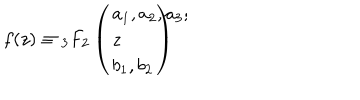
LaTeX: f ( z ) \equiv { _ 3 F _ { 2 } } \left( \begin{array} { l } { { a _ { 1 } , a _ { 2 } , a _ { 3 } ; \hspace { 5 m m } } } \\ { { \hspace { 2 c m } z } } \\ { { b _ { 1 } , b _ { 2 } } } \\ \end{array} \right)